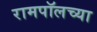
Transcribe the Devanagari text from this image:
रामपॉलच्या